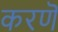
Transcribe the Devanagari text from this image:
करणॆ